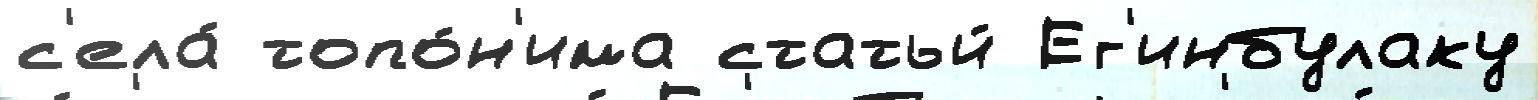
с'ела́ топо́н'има статьи́ Ег'инбулаку